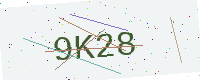
Text: 9K28